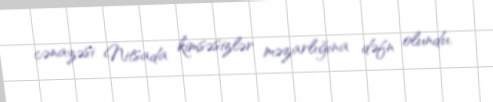
cənazəsi Nitsada kimsəsizlər məzarlığına dəfn olundu.